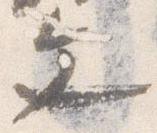
文